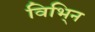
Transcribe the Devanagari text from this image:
विभि्न